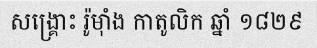
សង្គ្រោះ រ៉ូម៉ាំង កាតូលិក ឆ្នាំ ១៨២៩